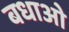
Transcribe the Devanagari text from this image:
बधाओ